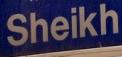
sheikh